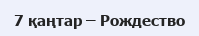
7 қаңтар – Рождество